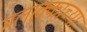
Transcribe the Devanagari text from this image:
मलाक्काच्या